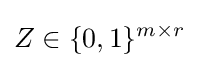
Z\in \{0,1\}^{m\times r}